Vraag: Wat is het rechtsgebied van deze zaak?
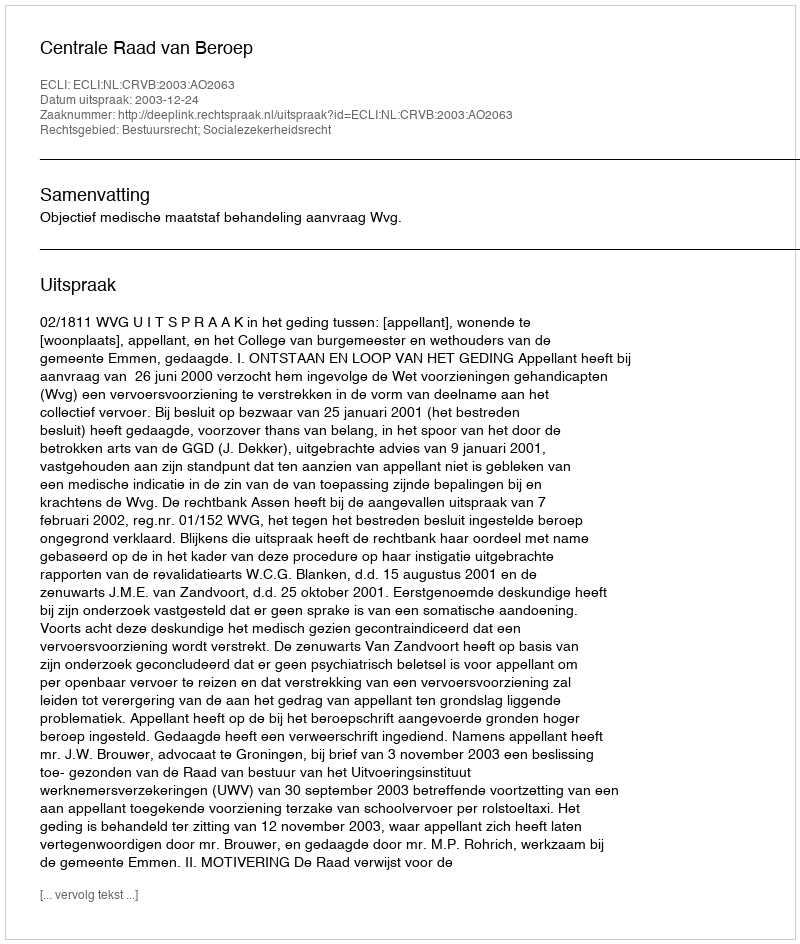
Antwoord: Bestuursrecht; Socialezekerheidsrecht